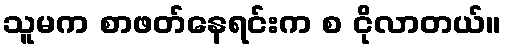
သူမက စာဖတ်နေရင်းက စ ငိုလာတယ်။